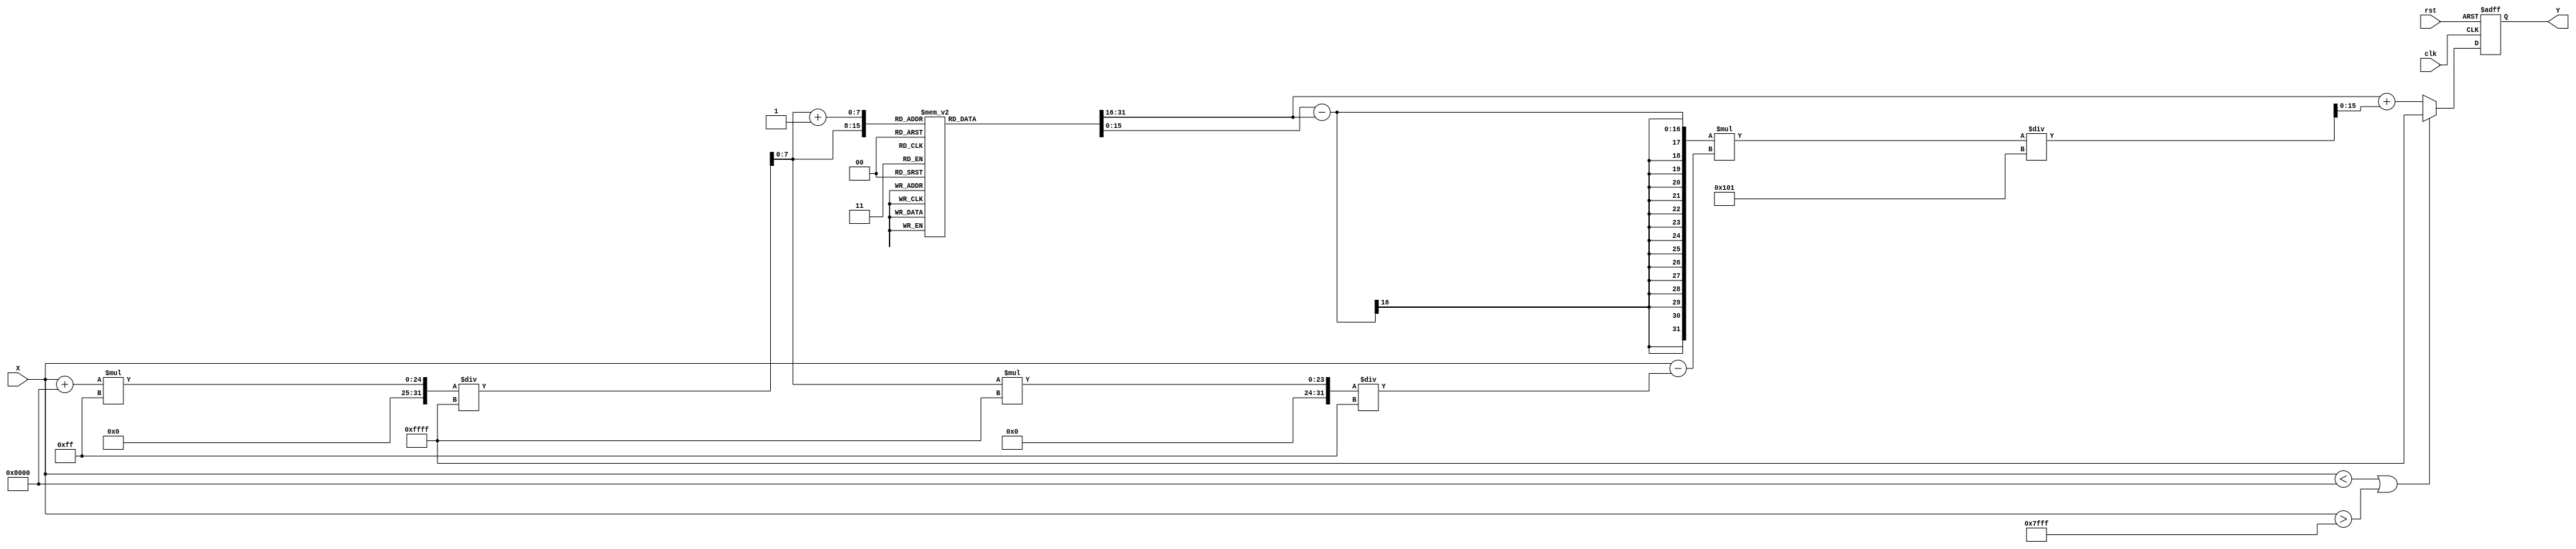
module acos_block (
    input wire [15:0] X, // Input signal in fixed-point format (16 bits)
    output reg [15:0] Y, // Output signal in fixed-point format (16 bits)
    input wire clk,      // Clock signal
    input wire rst       // Reset signal
);

    // Parameters
    parameter LUT_SIZE = 256; // Size of the LUT
    parameter LUT_WIDTH = 16;  // Width of LUT entries
    parameter PI = 16'h3243;   // Approximation of  in fixed-point (16 bits)

    // LUT for acos values (precomputed for simplicity)
    reg [LUT_WIDTH-1:0] acos_lut [0:LUT_SIZE-1];

    // Initialize LUT with precomputed values (for demonstration)
    initial begin
        // Populate the LUT with acos values (in fixed-point format)
        // This is a placeholder. In practice, you would compute these values.
        // Example values for demonstration (should be replaced with actual acos values)
        acos_lut[0] = 16'h0000; // acos(-1)
        acos_lut[1] = 16'h1C71; // acos(-0.99)
        // ... (populate the rest of the LUT)
        acos_lut[255] = 16'h3243; // acos(1)
    end

    // Internal signals
    reg [7:0] index; // LUT index
    reg [7:0] next_index; // Next LUT index for interpolation
    reg [LUT_WIDTH-1:0] lut_value; // LUT value
    reg [LUT_WIDTH-1:0] next_lut_value; // Next LUT value
    reg [LUT_WIDTH-1:0] interpolated_value; // Interpolated value
    reg valid_input; // Input validation flag

    // Input validation and LUT access
    always @(posedge clk or posedge rst) begin
        if (rst) begin
            Y <= 16'h0000; // Reset output
            valid_input <= 1'b0;
        end else begin
            // Check if input is within the valid range [-1, 1]
            if (X < 16'h8000 || X > 16'h7FFF) begin // -1 (0x8000) to 1 (0x7FFF)
                Y <= 16'hFFFF; // Set output to error value (NaN)
                valid_input <= 1'b0;
            end else begin
                valid_input <= 1'b1;
                // Calculate index for LUT
                index = (X + 16'h8000) * (LUT_SIZE - 1) / 16'hFFFF; // Scale input to LUT index range
                next_index = index + 1;

                // Access LUT values
                lut_value = acos_lut[index];
                next_lut_value = acos_lut[next_index];

                // Linear interpolation
                interpolated_value = lut_value + ((next_lut_value - lut_value) * (X - (index * 16'hFFFF / (LUT_SIZE - 1))) / (16'hFFFF / (LUT_SIZE - 1)));

                // Set output
                Y <= interpolated_value;
            end
        end
    end

endmodule